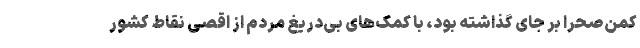
کمن‌صحرا بر جای گذاشته بود، با کمک‌های بی‌دریغ مردم از اقصی نقاط کشور